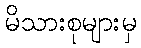
မိသားစုများမှ